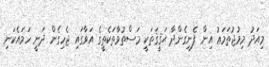
މިއަދު މިމުޖުތަމަޢު އިން ފެނިގެންދާ ޙަޤީޤަތަކީ މަސްތުވާތަކެތީގެ އަވާގައި ޖެހިގެން ދަނީ ހަމައެކަނި